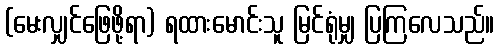
(မေးလျှင်ဖြေဖို့ရာ) ရထားမောင်းသူ မြင်ရုံမျှ ပြကြလေသည်။